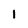
Character: 1